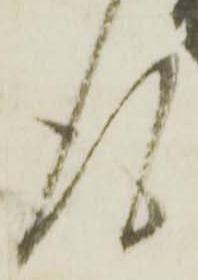
報